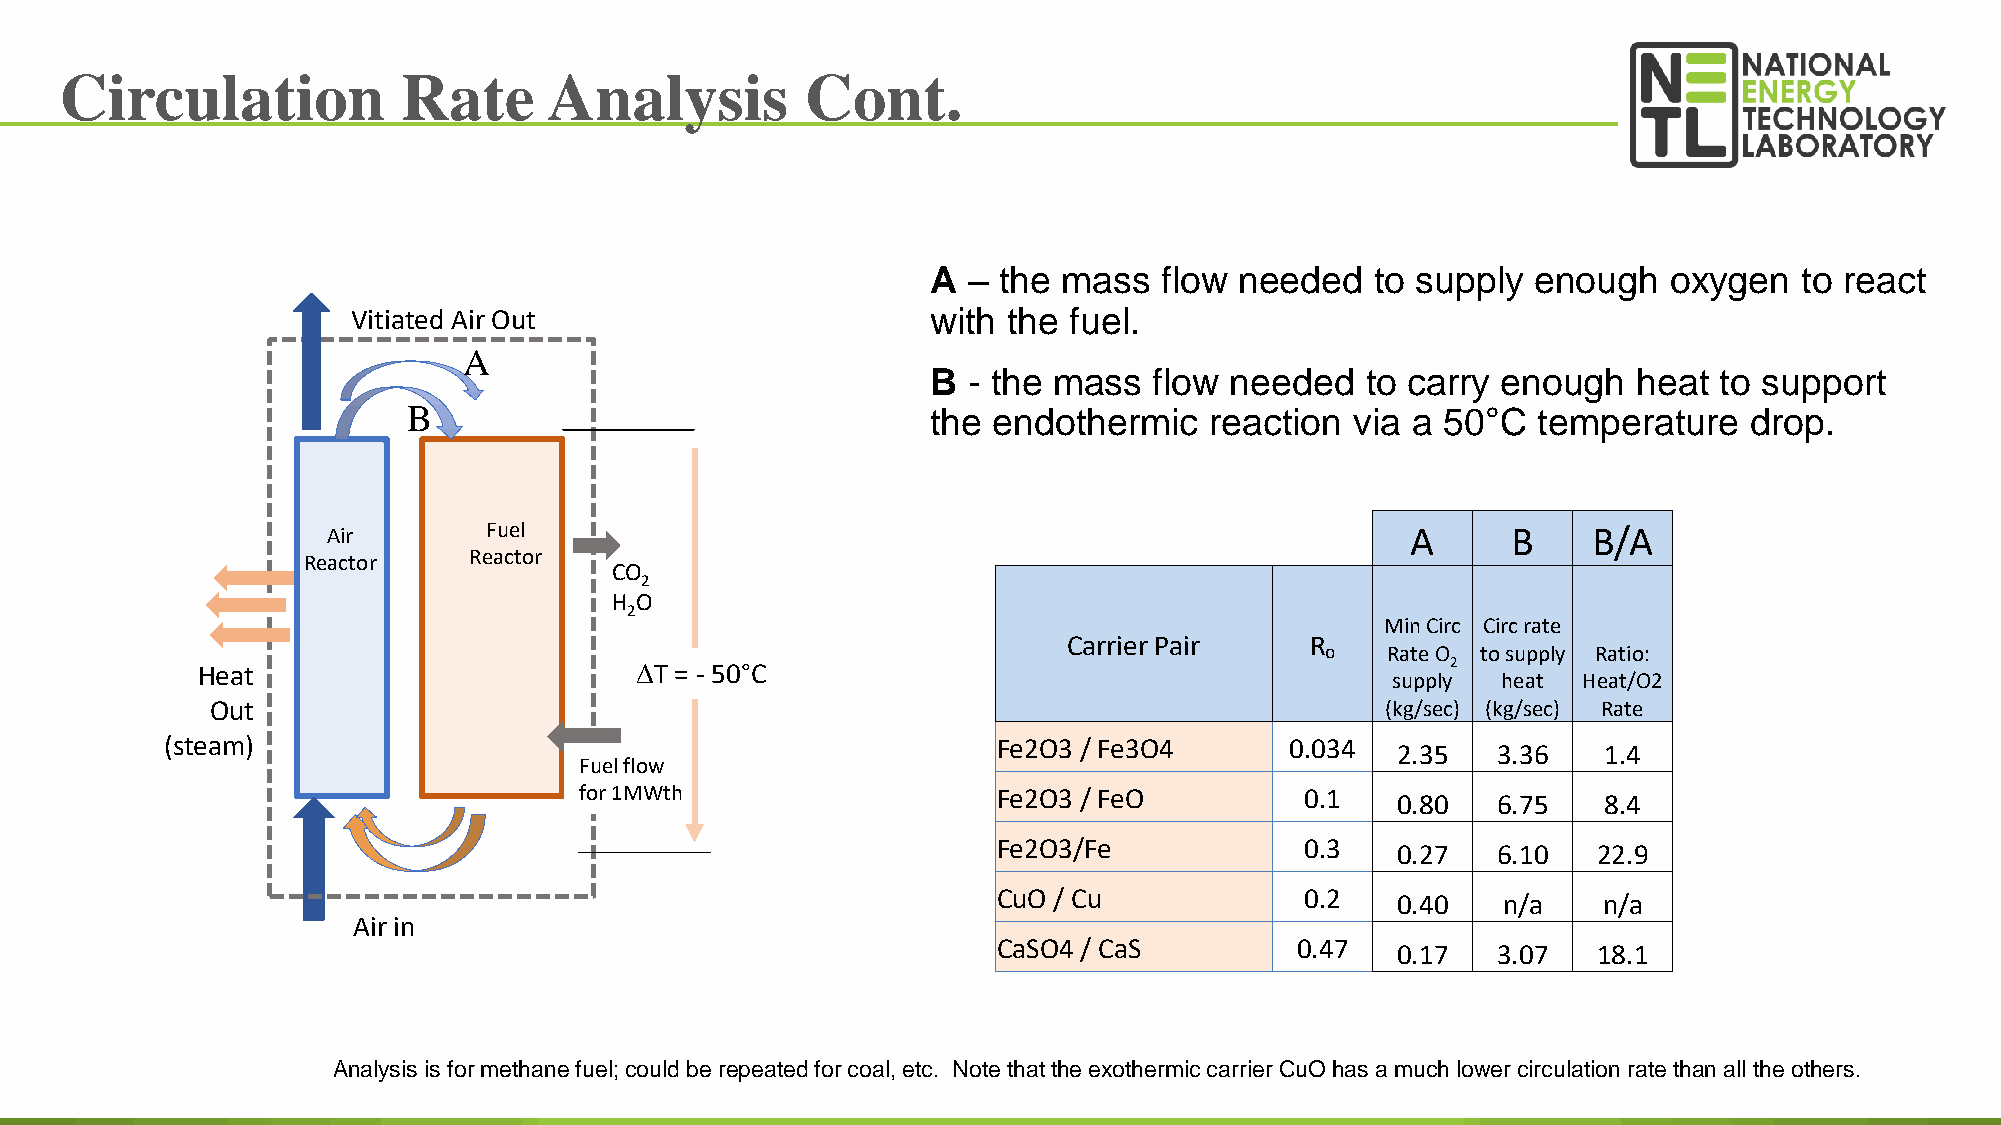
Circulation            Rate     Analysis         Cont.
 A – the mass   flow needed   to supply  enough   oxygen  to react
 Vitiated Air Out                       with the fuel.
 A
 B - the mass  flow needed   to carry enough   heat  to support
 B                                  the endothermic   reaction  via a 50°C  temperature   drop.
 Air       Fuel                                                         A      B    B/A
 Reactor    Reactor
 CO
 2
 H O
 2
 Min Circ Circ rate
 Carrier Pair    R
 o   Rate O to supply Ratio:
 Heat                         DT = - 50°C                                           2
 supply heat  Heat/O2
 Out                                                                           (kg/sec) (kg/sec) Rate
 (steam)                                                Fe2O3 / Fe3O4      0.034
 2.35   3.36   1.4
 Fuel flow
 for 1MWth                   Fe2O3 / FeO         0.1
 0.80   6.75   8.4
 Fe2O3/Fe            0.3
 0.27   6.10   22.9
 CuO / Cu            0.2
 0.40   n/a    n/a
 Air in
 CaSO4 / CaS         0.47
 0.17   3.07   18.1
 Analysis is for methane fuel; could be repeated for coal, etc. Note that the exothermic carrier CuO has a much lower circulation rate than all the others. 39